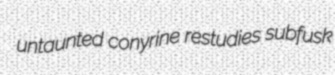
untaunted conyrine restudies subfusk